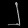
Digit: ၂